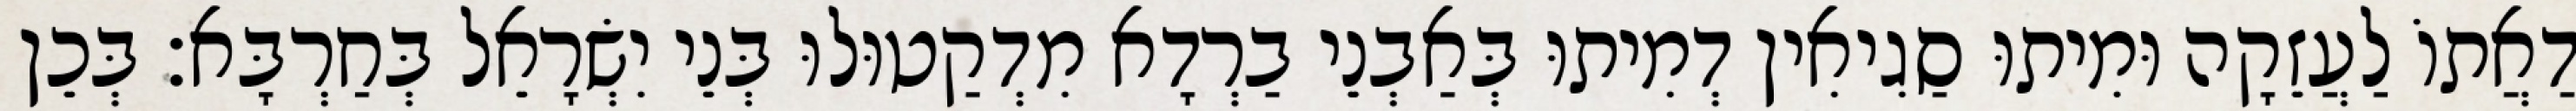
דַאֲתוֹ לַעֲזֵקָה וּמִיתוּ סַגִיאִין דְמִיתוּ בְּאַבְנֵי בַרְדָא מִדְקַטוּלוּ בְּנֵי יִשְׂרָאֵל בְּחַרְבָּא׃ בְּכֵן